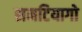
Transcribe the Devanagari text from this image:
सनटियागो